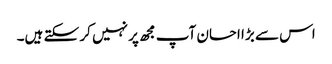
اس سے بڑا احسان آپ مجھ پر نہیں کر سکتے ہیں۔